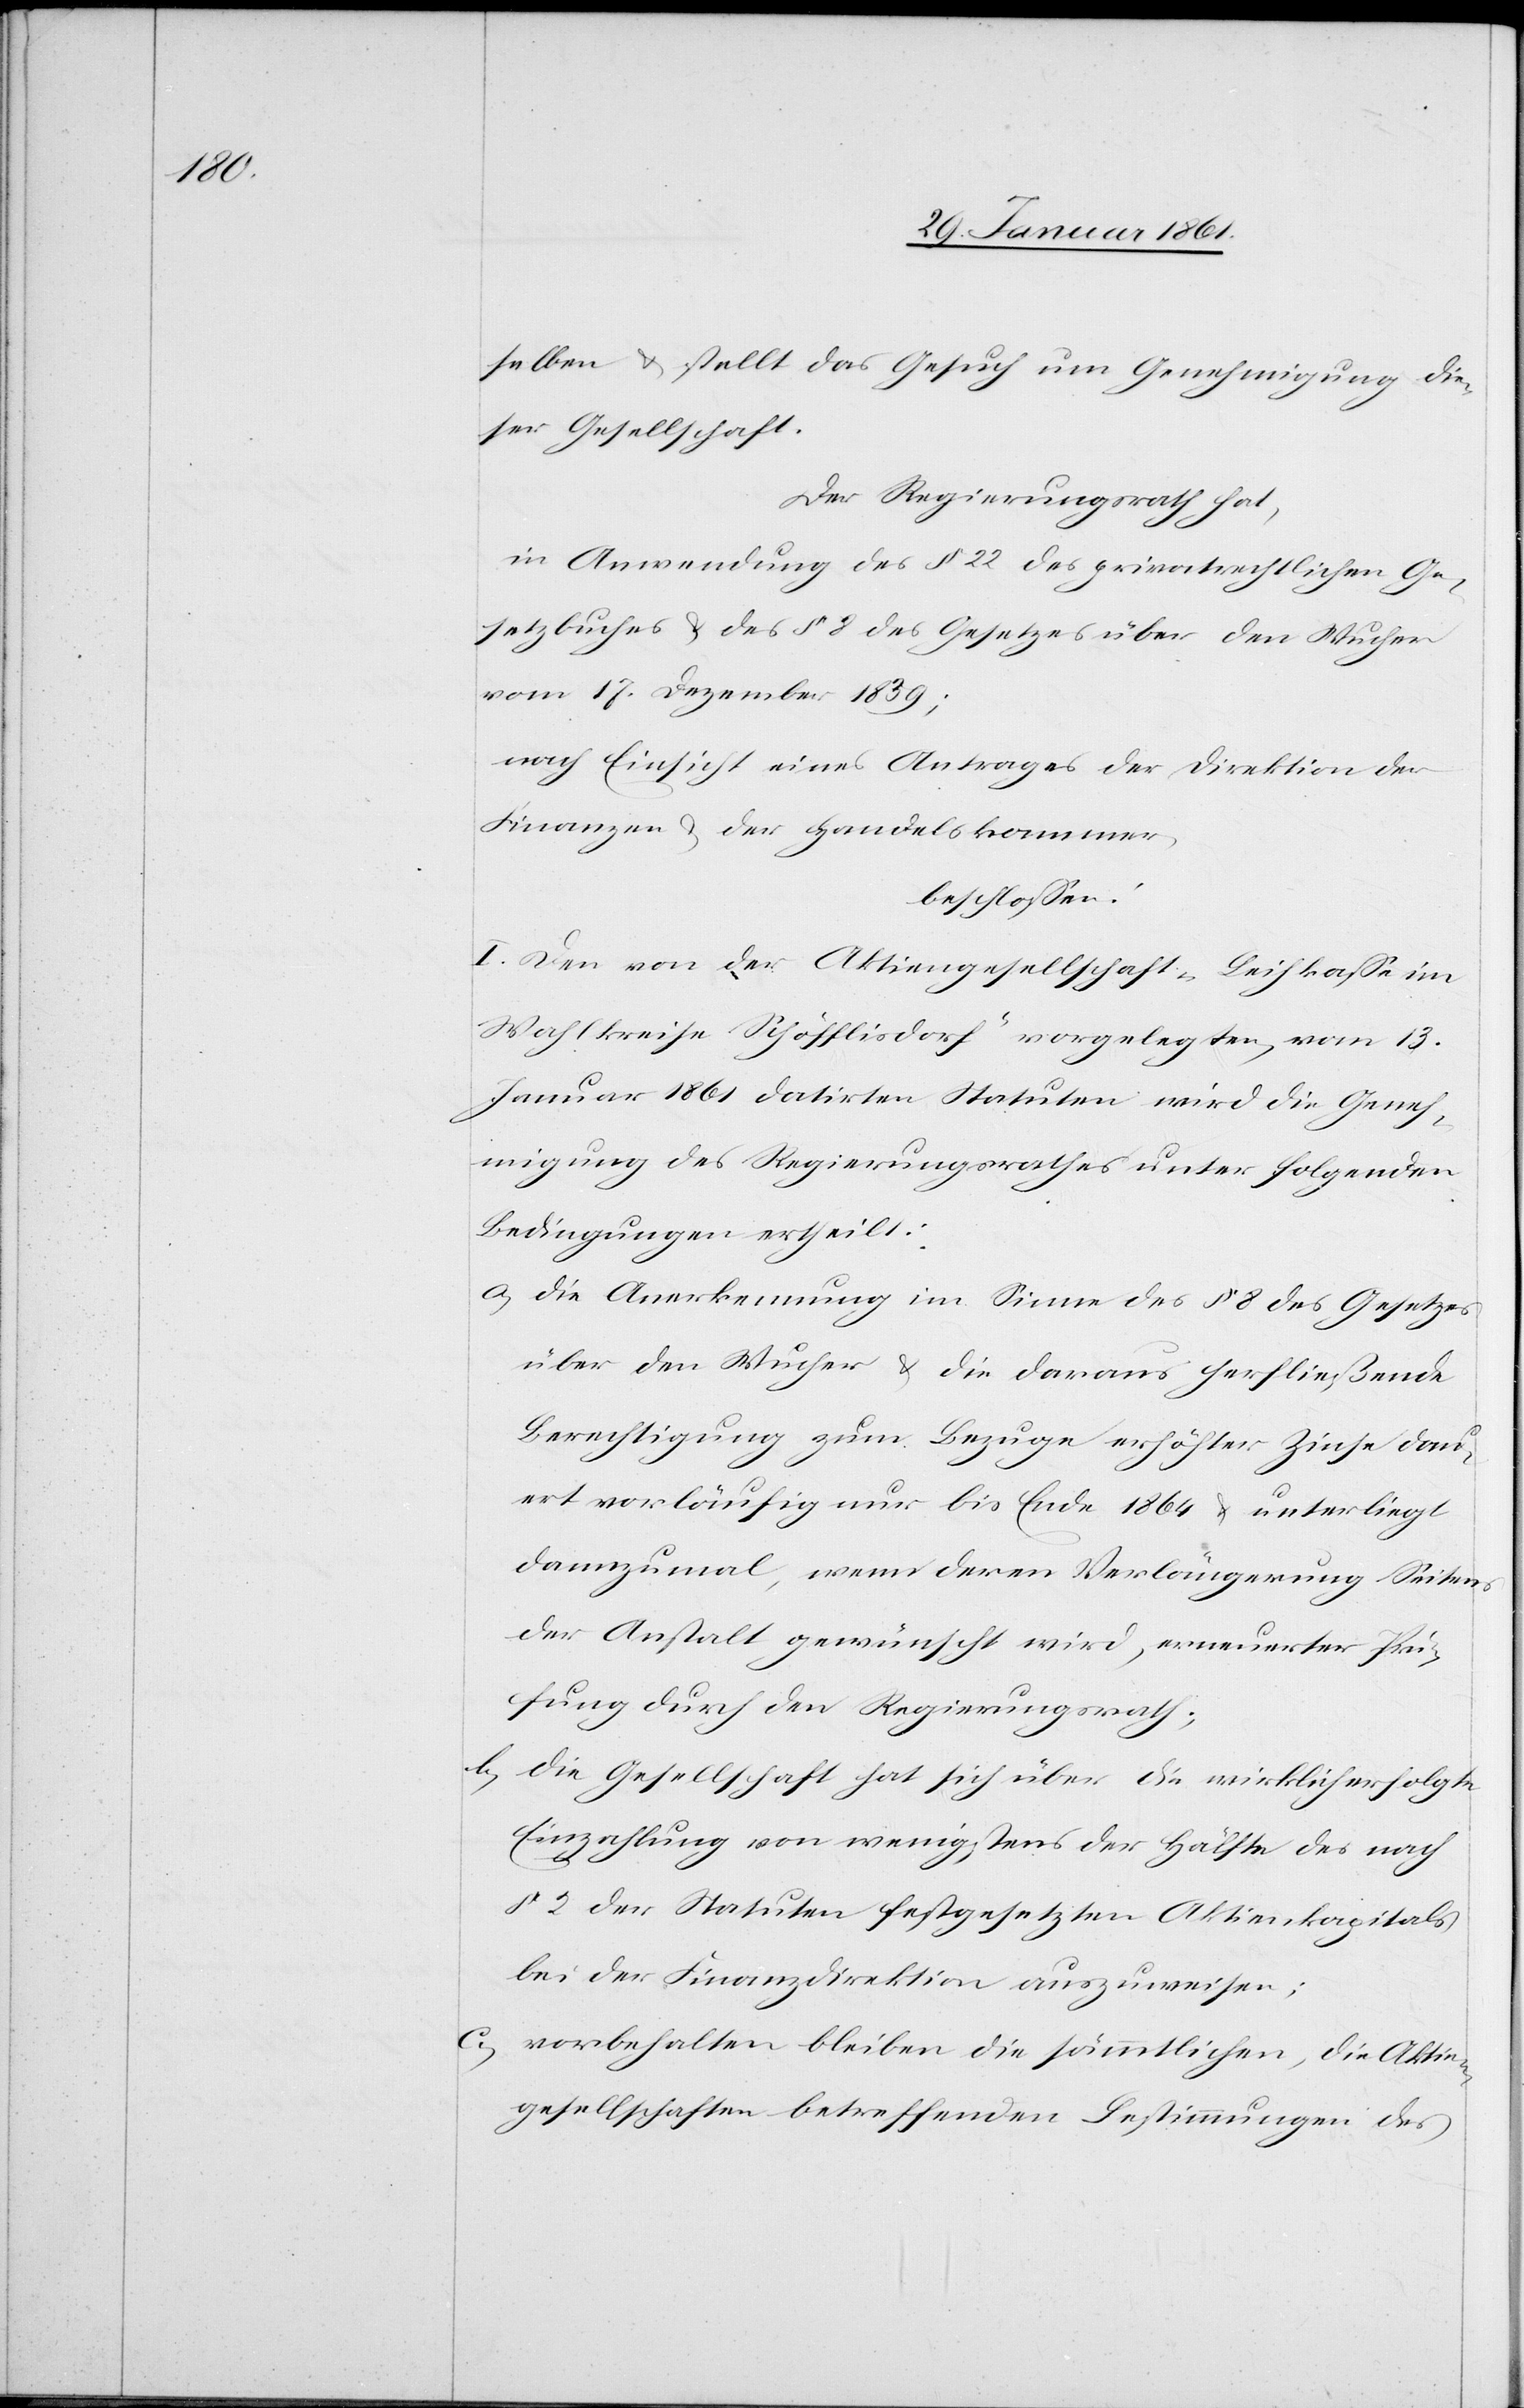
selben u. stellt das Gesuch um Genehmigung die¬
ser Gesellschaft.
Der Regierungsrath hat,
in Anwendung des § 22 des privatrechtlichen Ge¬
setzbuches u. des § 8 des Gesetzes über den Wucher
vom 17. Dezember 1839;
nach Einsicht eines Antrages der Direktion der
Finanzen u. der Handelskammer,
beschlossen.
I. Dem von der Aktiengesellschaft „Leihkasse im
Wahlkreis Schöfflisdorf“ vorgelegten, vom 13.
Januar 18621 datirten Statuten wird die Geneh¬
migung des Regierungsrathes unter folgenden
Bedingungen ertheilt:
a) Die Anerkennung im Sinne des § 8 des Gesetzes
über den Wucher u. die darauf herfließende
Berechtigung zum Bezuge erhöhter Zinse dau¬
ert vorläufig nur bis Ende 1864 u. unterliegt
dannzumal, wenn deren Verlängerung Seitens
der Anstalt gewünscht wird, erneuerter Prü¬
fung durch den Regierungsrath;
b) Die Gesellschaft hat sich über die wirklich erfolgte
Einzahlung von wenigstens der Hälfte des nach
§ 2 der Statuten festgesetzten Aktienkapitals
bei der Finanzdirektion auszuweisen;
c) vorbehalten bleiben die sämmtlichen, die Aktien¬
gesellschaften betreffenden Bestimmungen des